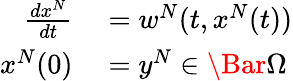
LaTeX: \begin{array}{rl}{\frac{dx^{N}}{dt}}&{{}=w^{N}(t,x^{N}(t))}\\ {x^{N}(0)}&{{}=y^{N}\in\Bar{\Omega}}\end{array}